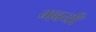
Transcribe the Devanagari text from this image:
गवयी